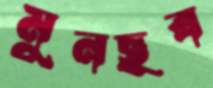
মুনছব